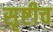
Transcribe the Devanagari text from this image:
सृष्टीच